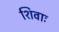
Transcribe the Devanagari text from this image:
शिवाः